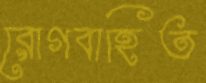
রোগবাহিত